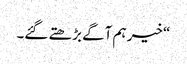
“ خیر ہم آگے بڑھتے گئے۔